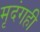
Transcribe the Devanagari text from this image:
मृदंगही